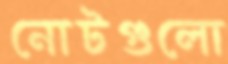
নোটগুলো